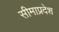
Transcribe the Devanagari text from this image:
सीमाप्रदेश